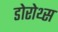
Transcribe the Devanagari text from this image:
डोरोथ्स